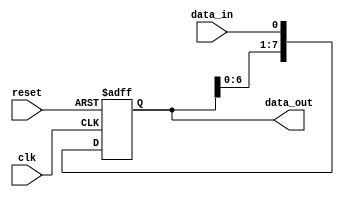
module sipo_register (
    input wire clk,
    input wire reset,
    input wire data_in,
    output reg [7:0] data_out
);

reg [7:0] register;

always @(posedge clk or posedge reset) begin
    if (reset) begin
        register <= 8'b0;
    end else begin
        register <= {register[6:0], data_in};
    end
end

assign data_out = register;

endmodule